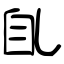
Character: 臫